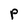
Character: P